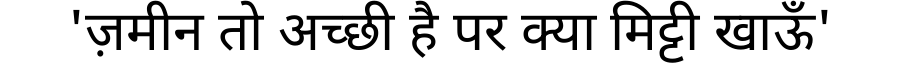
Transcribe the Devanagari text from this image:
'ज़मीन तो अच्छी है पर क्या मिट्टी खाऊँ'